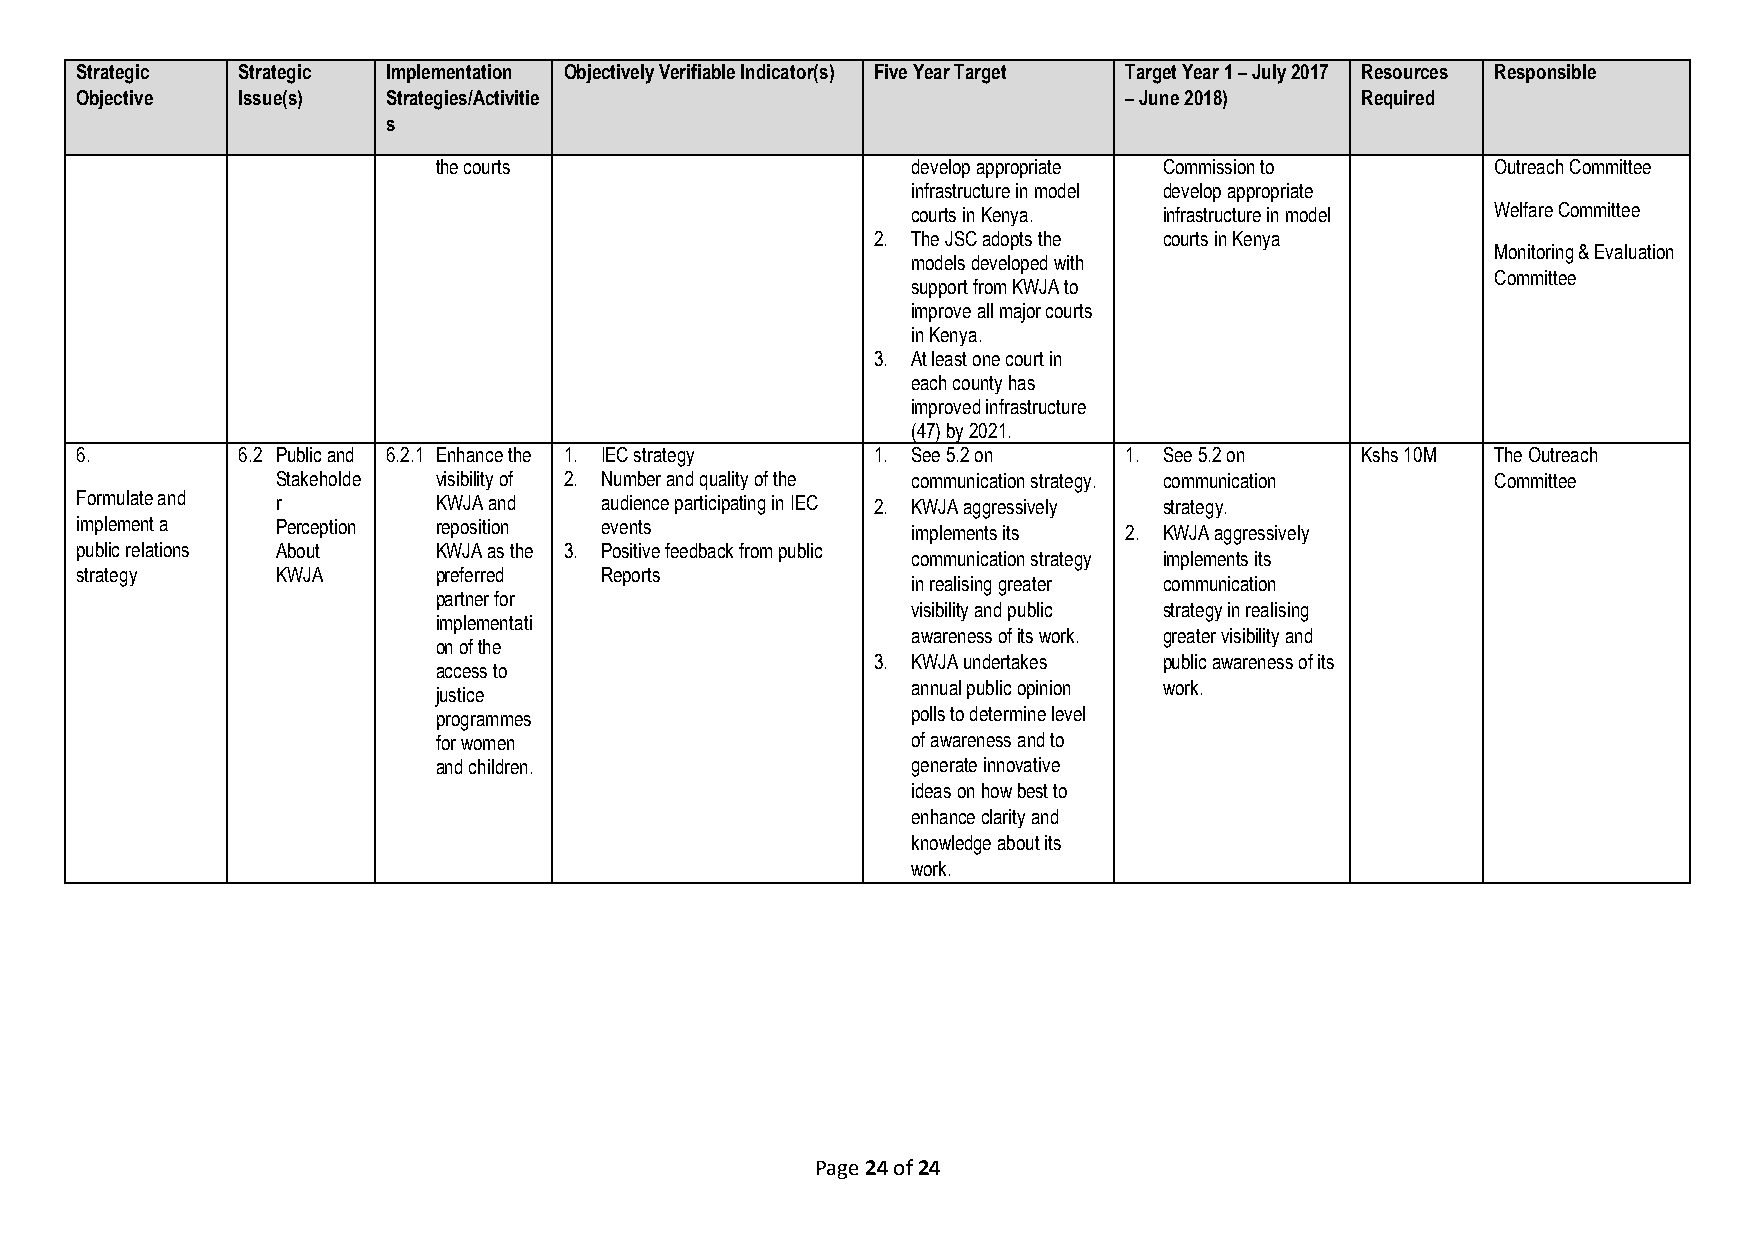
Strategic  Strategic Implementation Objectively Verifiable Indicator(s) Five Year Target Target Year 1 – July 2017 Resources Responsible
 Objective  Issue(s)  Strategies/Activitie                            – June 2018)    Required
 s
 the courts                     develop appropriate Commission to      Outreach Committee
 infrastructure in model develop appropriate
 courts in Kenya. infrastructure in model Welfare Committee
 2. The JSC adopts the courts in Kenya
 Monitoring & Evaluation
 models developed with
 Committee
 support from KWJA to
 improve all major courts
 in Kenya.
 3. At least one court in
 each county has
 improved infrastructure
 (47) by 2021.
 6.         6.2 Public and 6.2.1 Enhance the 1. IEC strategy 1. See 5.2 on 1. See 5.2 on Kshs 10M The Outreach
 Stakeholde visibility of 2. Number and quality of the communication strategy. communication Committee
 Formulate and r         KWJA and   audience participating in IEC 2. KWJA aggressively strategy.
 implement a  Perception reposition events              implements its 2. KWJA aggressively
 public relations About  KWJA as the 3. Positive feedback from public
 communication strategy implements its
 strategy     KWJA       preferred  Reports
 in realising greater communication
 partner for
 visibility and public strategy in realising
 implementati
 awareness of its work. greater visibility and
 on of the
 3. KWJA undertakes public awareness of its
 access to
 annual public opinion work.
 justice
 programmes                     polls to determine level
 for women                      of awareness and to
 and children.                  generate innovative
 ideas on how best to
 enhance clarity and
 knowledge about its
 work.
 Page 24 of 24